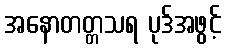
အနောတတ္တသရ ပုဒ်အဖွင့်